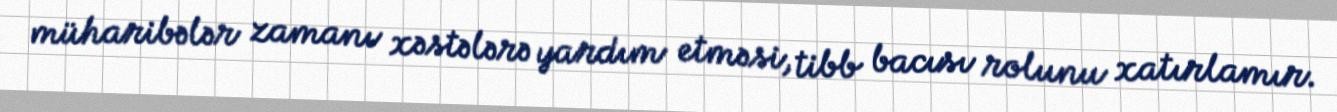
müharibələr zamanı xəstələrə yardım etməsi, tibb bacısı rolunu xatırlamır.